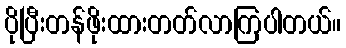
ပိုပြီးတန်ဖိုးထားတတ်လာကြပါတယ်။